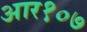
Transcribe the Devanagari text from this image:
आर१०७